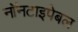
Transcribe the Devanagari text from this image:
नॉनटाइपेबल